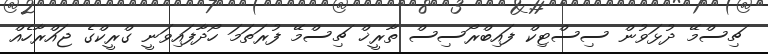
ޗިސްމޭ ދުޅަވުން ސިސްޓިކް ފައިބްރޯސިސް ތާރީޚް ޗިސްމޭ ފުރަތަމަ ހޯދާފައިވަނީ ގްރީކްގެ ޖައްރާހެއް